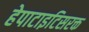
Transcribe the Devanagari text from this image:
हेपाटाइटिसरक्त